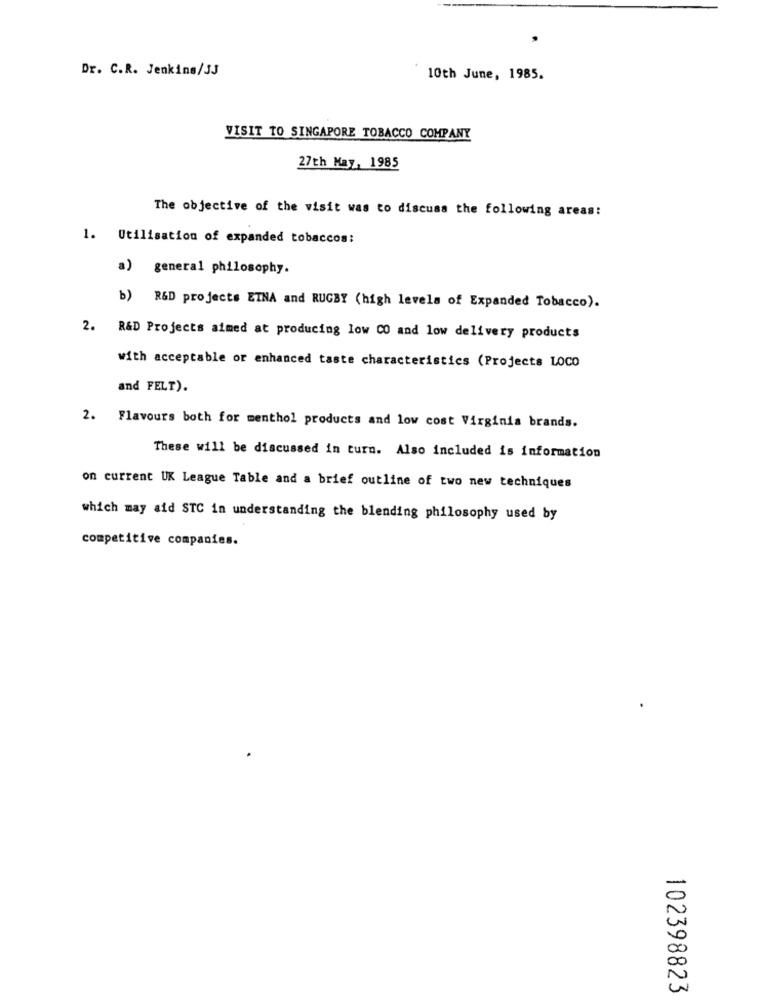
Dr. C.R. Jenkins/3J
10th June, 1985.
VISIT TO SINGAPORE TOBACCO COMPANY
27th May, 1985
The objective of the visit was to discuss the following areas:
1. Utilisation of expanded tobaccos:
a) general philosophy.
b) R&D projects ETNA and RUGBY (high levels of Expanded Tobacco).
2. R&D Projects aimed at producing low CO and low delivery products
with acceptable or enhanced taste characteristics (Projects LOCO
and FELT).
2. Flavours both for menthol products and low cost Virginia brands.
These will be discussed in turn. Also included is information
on current UK League Table and a brief outline of two new techniques
which may aid STC in understanding the blending philosophy used by
competitive companies.
102398823